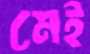
মেই